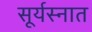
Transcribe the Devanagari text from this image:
सूर्यस्नात